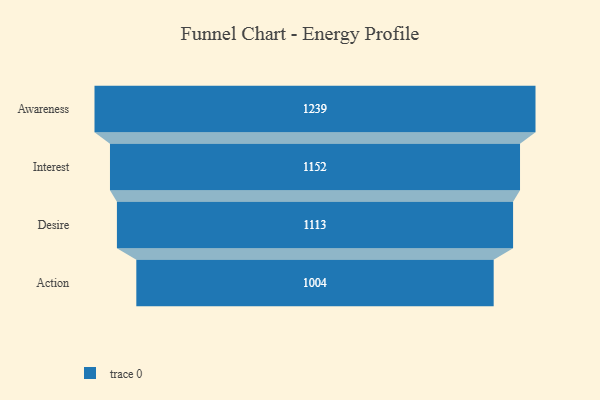
{"axis": {"x": "Stage", "y": "Value"}, "legend": [""], "data": [{"x": "Awareness", "y": 1239.0, "type": ""}, {"x": "Interest", "y": 1152.0, "type": ""}, {"x": "Desire", "y": 1113.0, "type": ""}, {"x": "Action", "y": 1004.0, "type": ""}]}